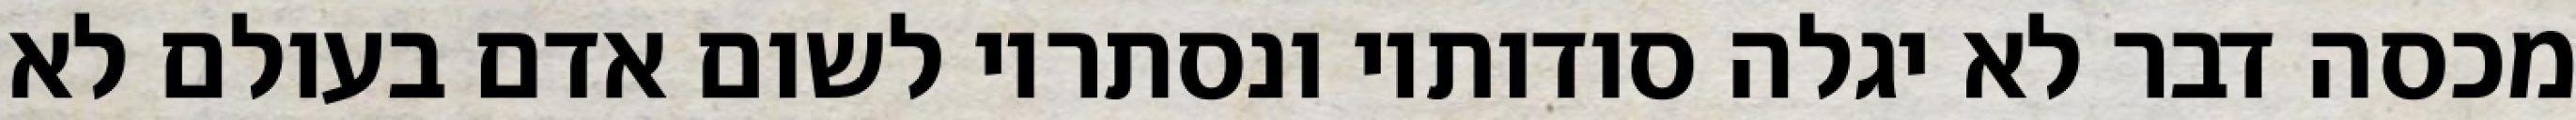
מכסה דבר לא יגלה סודותיו ונסתריו לשום אדם בעולם לא